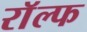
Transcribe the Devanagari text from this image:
राॅल्फ